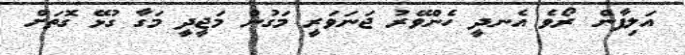
އަލިފާން ރޯވެ އެނދީ ހެންވޭރު ޖަނަވަރީ މަގުން މަޖީދީ މަގާ ގުޅޭ ގޮތަށް